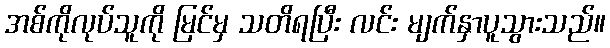
အစ်ကိုလုပ်သူကို မြင်မှ သတိရပြီး လင်း မျက်နှာပူသွားသည်။